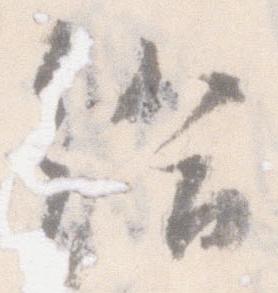
給